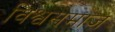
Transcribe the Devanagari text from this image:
विश्वसमाज